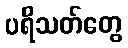
ပရိသတ်တွေ